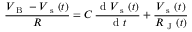
\frac { V _ { \mathrm { ~ B ~ } } - V _ { \mathrm { ~ s ~ } } ( t ) } { R } = C \, \frac { \mathrm { ~ d ~ } V _ { \mathrm { ~ s ~ } } ( t ) } { \mathrm { ~ d ~ } t } + \frac { V _ { \mathrm { ~ s ~ } } ( t ) } { R _ { \mathrm { ~ J ~ } } ( t ) }